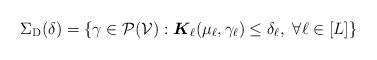
LaTeX: \begin{align*}\Sigma_{\mathrm{D} }(\delta) = \{\gamma \in \mathcal{P}(\mathcal{V}): \boldsymbol{K}_\ell (\mu_\ell, \gamma_\ell) \le \delta_\ell, \ \forall \ell \in [L]\}\end{align*}